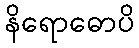
နိရောဓောပိ